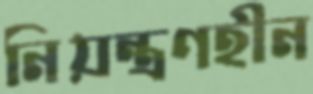
নিয়ন্ত্রণহীন